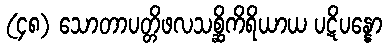
(၄၈) သောတာပတ္တိဖလသစ္ဆိကိရိယာယ ပဋိပန္နော